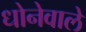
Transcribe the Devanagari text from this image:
धोनेवाले